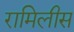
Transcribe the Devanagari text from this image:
रामिलीस